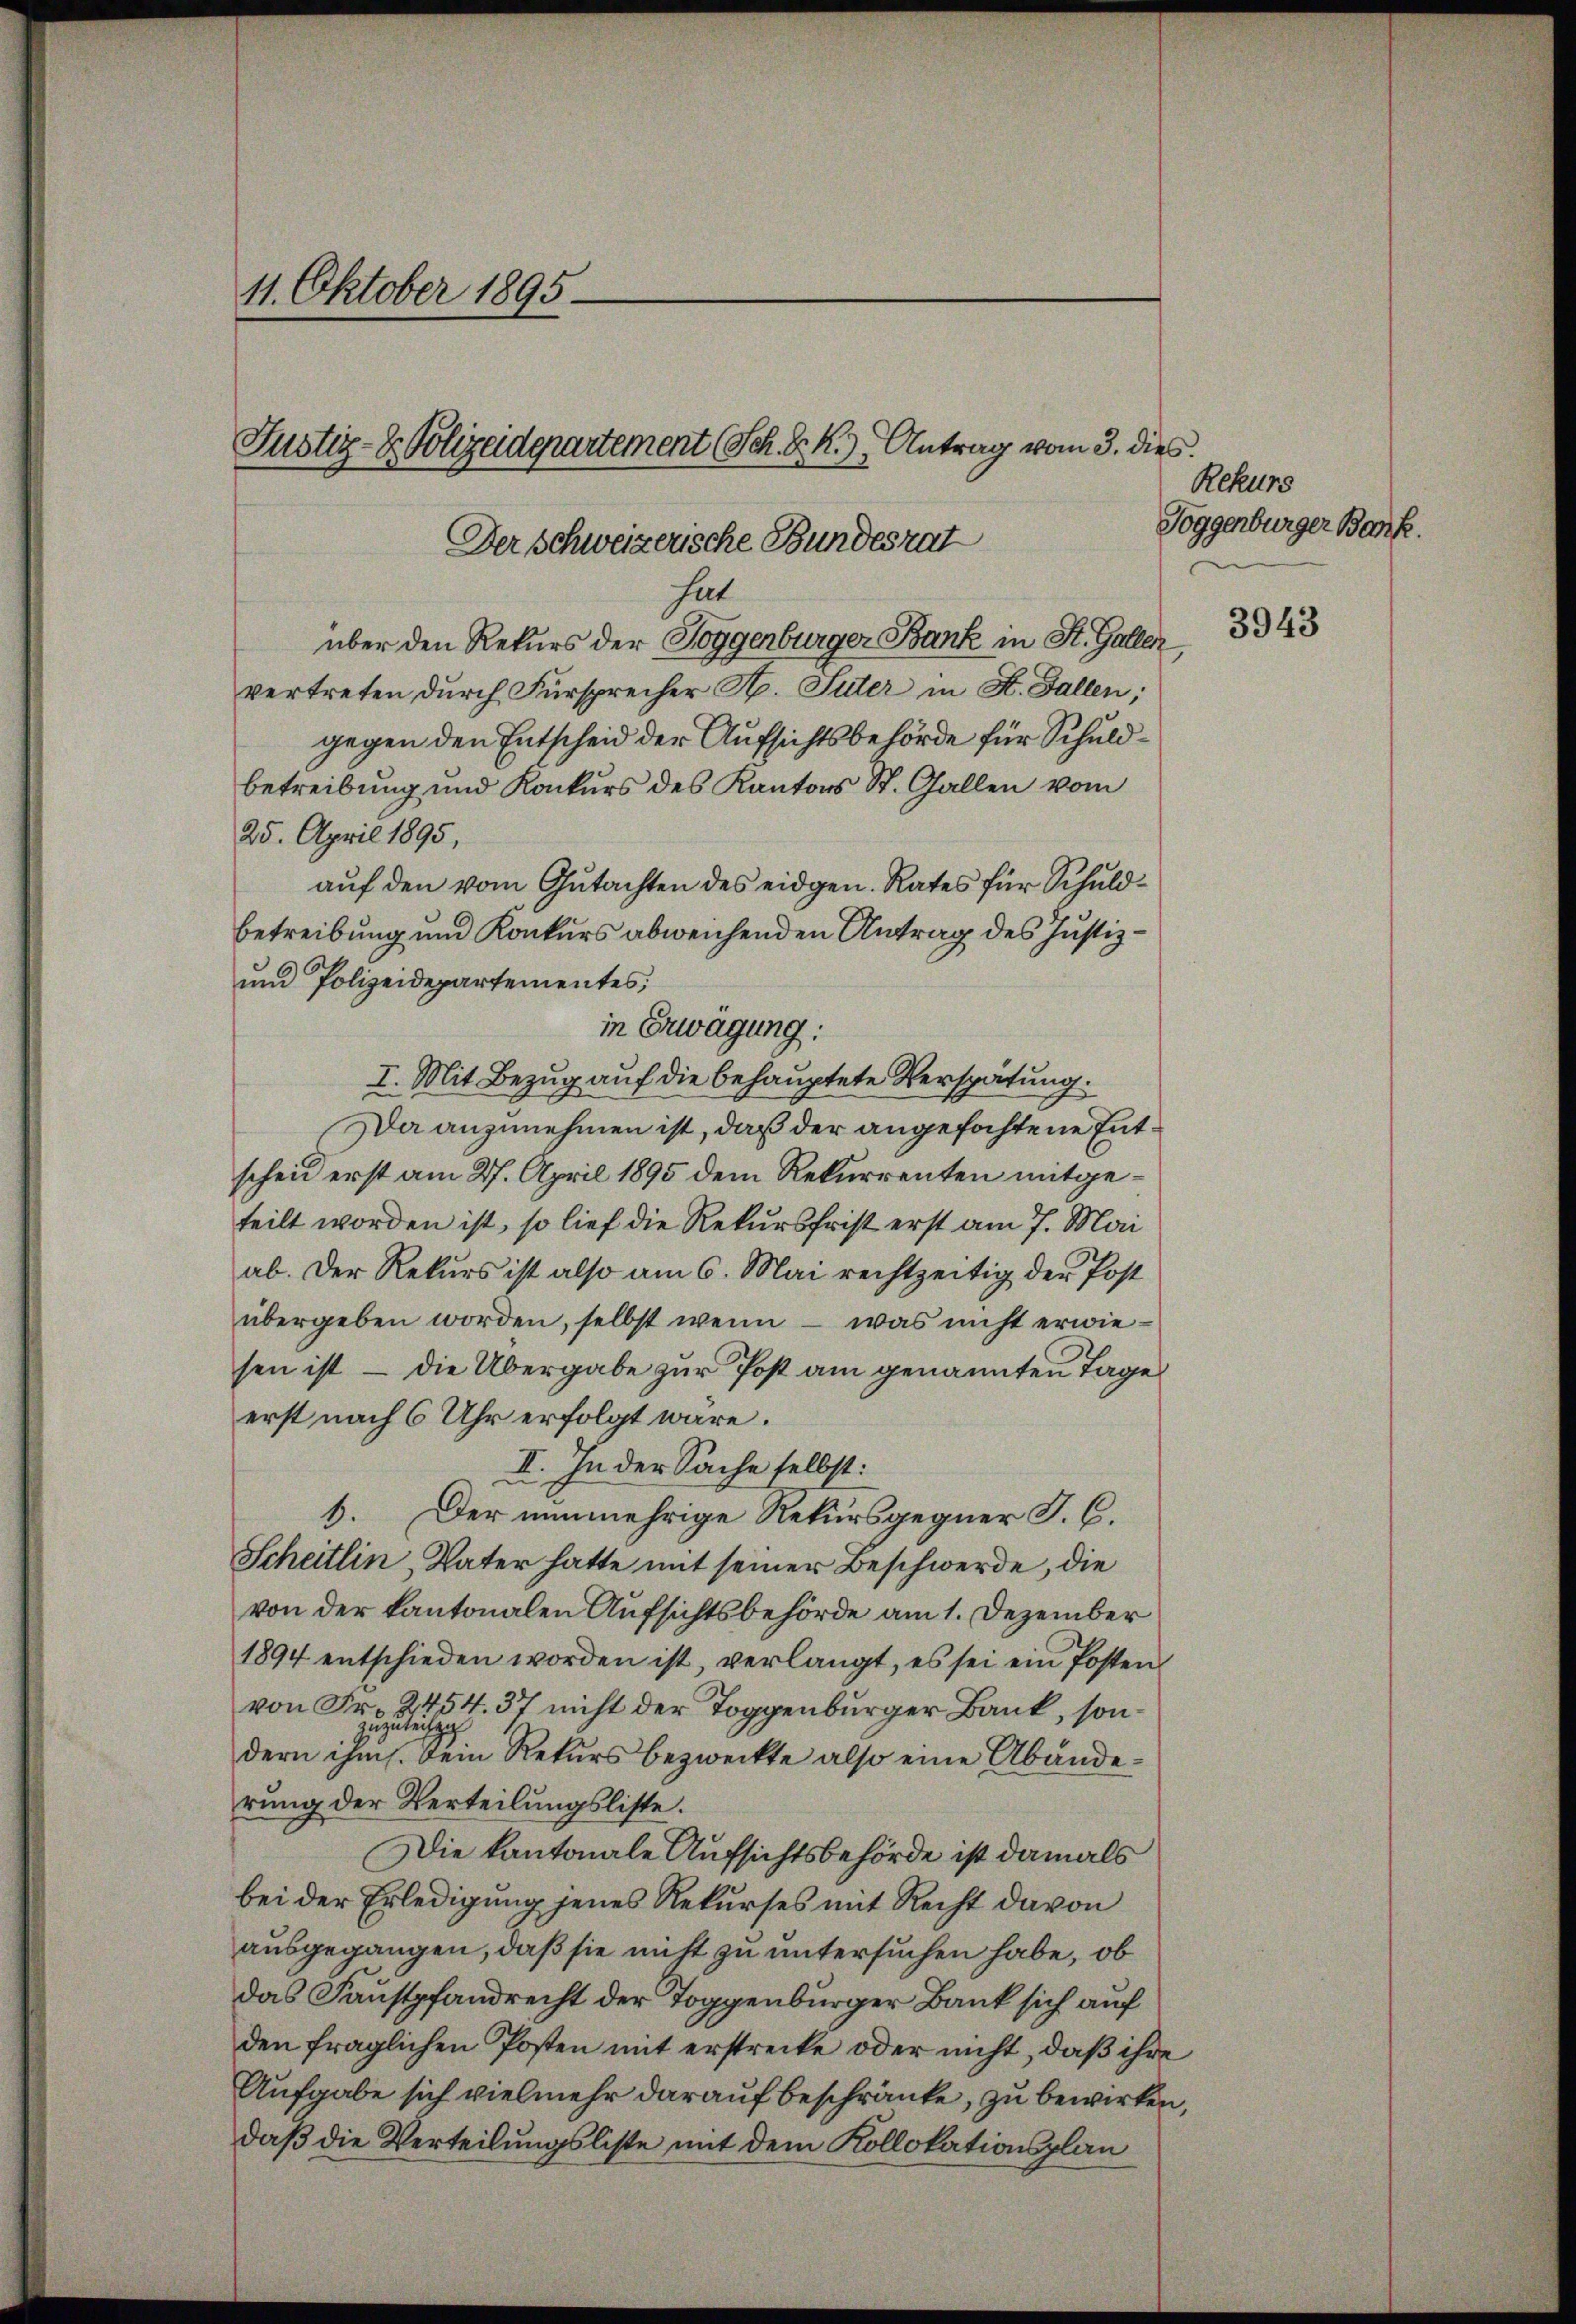
11. Oktober 1895.
Justiz- & Polizeidepartement Sch. D. R.) Antrag vom 3. dies

hat
über den Rekurs der Roggenburger Bank in St. Galler
vertreten durch Fürsprecher A. Suter in St. Gallen;
gegen den Entscheid der Aufsichtsbehörde für Schuldbetreibung und Konkurs des Kantons St. Gallen vom
25. April 1895,
auf den vom Gutachten des eidgen. Rates für Schuldbetreibung und Konkurs abweichenden Antrag des Justiz¬
und Polizeidepartementes,
in Erwägung:
I. Mit Bezug auf die behauptete Verspätung.
Da anzunehmen ist, daß der angefochtene Entscheid erst am 27. April 1895 dem Rekurrenten mitgeteilt worden ist, so lief die Rekursfrist erst am 7. Mai
ab. Der Rekurs ist also am 6. Mai rechtzeitig der Post
übergeben worden, selbst wenn - was nicht erwiesen ist – die Übergabe zur Post am genannten Tage
erst nach 6 Uhr erfolgt wäre.
II. In der Sache selbst:
6. Der nunmehrige Rekursgegner J. C.
Scheitlin Vater hatte mit seiner Beschwerde, die
von der kantonalen Aufsichtsbehörde am 1. Dezember
1894 entschieden worden ist, verlangt, es sei ein Posten
von Fr. 2454. 37 nicht der Toggenburger Bank, sondern ihm einer kein Rekurs bezweckte also eine Abänderung der Verteilungsliste.
Die kantonale Aufsichtsbehörde ist damals
bei der Erledigung jenes Rekurses mit Recht davon
ausgegangen, daß sie nicht zu untersuchen habe, ob
das Faustpfandrecht der Toggenburger Bank sich auf
den fraglichen Posten mit erstrecke oder nicht, daß ihre
Aufgabe sich vielmehr darauf beschränke, zu bewirken,
daß die Verteilungsliste mit dem Kollokationsplan

Der Schweizerische Bundesrat

Rekurs
Joggenburger Bank.

3943